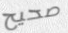
صحيح